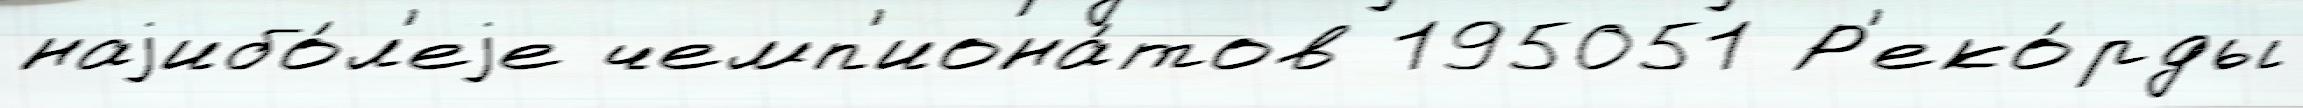
наjибо́л'еjе чемп'иона́тов 195051 Р'еко́рды